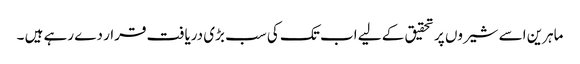
ماہرین اسے شیروں پر تحقیق کے لیے اب تک کی سب بڑی دریافت قرار دے رہے ہیں ۔